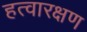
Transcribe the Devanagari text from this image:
हत्वारक्षण